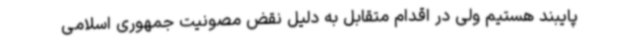
پایبند هستیم ولی در اقدام متقابل به دلیل نقض مصونیت جمهوری اسلامی